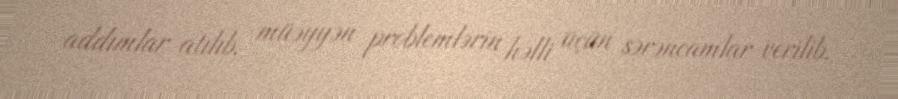
addımlar atılıb, müəyyən problemlərin həlli üçün sərəncamlar verilib.